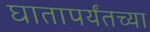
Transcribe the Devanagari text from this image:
घातापर्यंतच्या